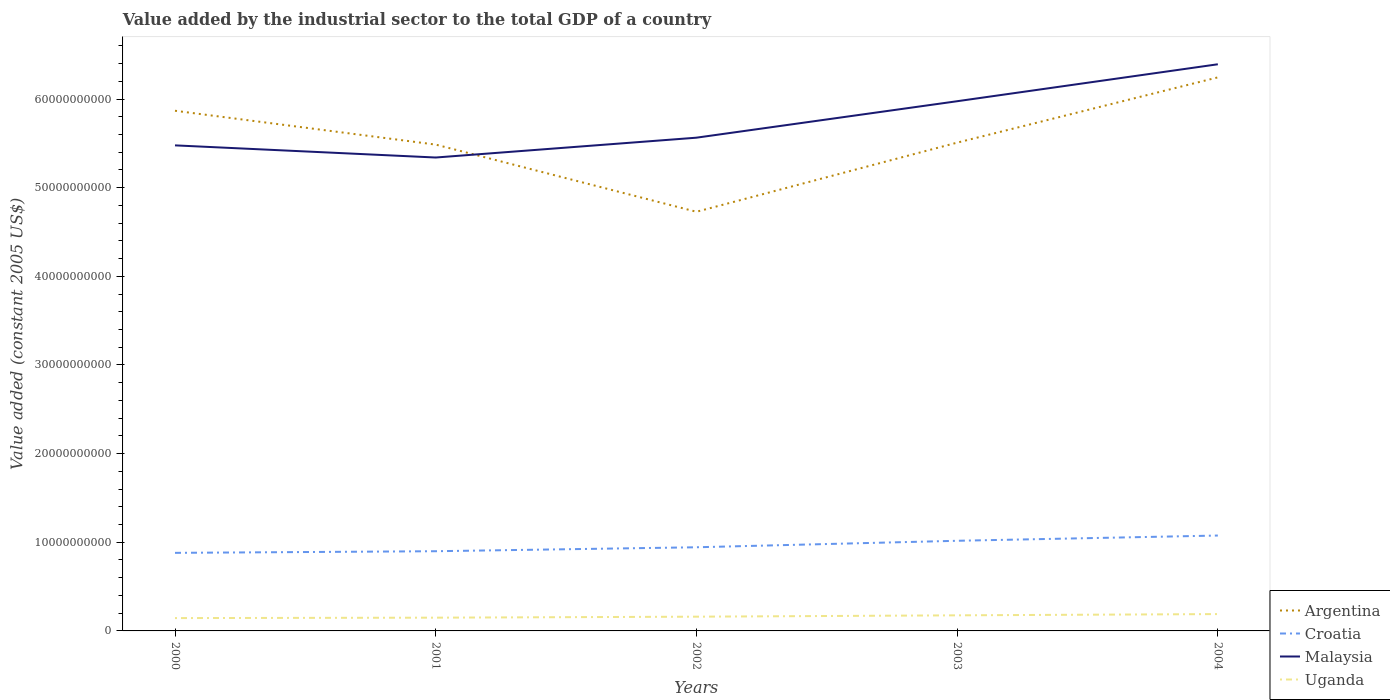
| Years | Argentina | Croatia | Malaysia | Uganda |
 | --- | --- | --- | --- | --- |
 | 2000 | 5.87e+10 | 8.81e+09 | 5.48e+10 | 1.45e+09 |
 | 2001 | 5.49e+10 | 8.99e+09 | 5.34e+10 | 1.5e+09 |
 | 2002 | 4.73e+10 | 9.44e+09 | 5.56e+10 | 1.61e+09 |
 | 2003 | 5.51e+10 | 1.02e+10 | 5.97e+10 | 1.76e+09 |
 | 2004 | 6.24e+10 | 1.08e+10 | 6.39e+10 | 1.9e+09 |